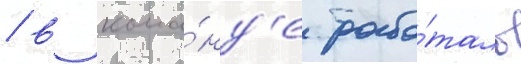
/ в кома́нд'е рабо́тало